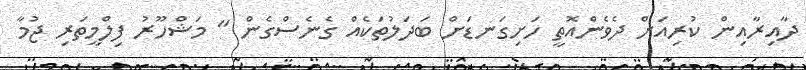
ދާއިރާއިން ކުރިއަށް ދެވެންއޮތީ ހަށިގަނޑަށް ބަދަލުތަކެއް ގެނެސްގެން " މަޝްހޫރު ފިލްމީތަރި ޖުމާ